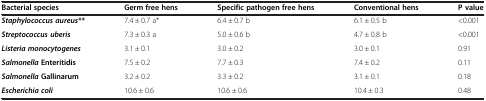
| Bacterial species | Germ free hens | Specific pathogen free hens | Conventional hens | P value |
 | --- | --- | --- | --- | --- |
 | Staphylococcus aureus** | 7.4 ± 0.7 a* | 6.4 ± 0.7 b | 6.1 ± 0.5 b | <0.001 |
 | Streptococcus uberis | 7.3 ± 0.3 a | 5.0 ± 0.6 b | 4.7 ± 0.8 b | <0.001 |
 | Listeria monocytogenes | 3.1 ± 0.1 | 3.0 ± 0.2 | 3.0 ± 0.1 | 0.91 |
 | Salmonella Enteritidis | 7.5 ± 0.2 | 7.7 ± 0.3 | 7.4 ± 0.2 | 0.11 |
 | Salmonella Gallinarum | 3.2 ± 0.2 | 3.3 ± 0.2 | 3.1 ± 0.1 | 0.18 |
 | Escherichia coli | 10.6 ± 0.6 | 10.6 ± 0.6 | 10.4 ± 0.3 | 0.48 |